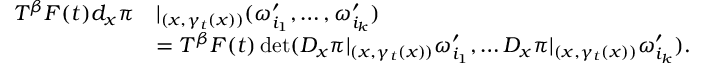
\begin{array} { r l } { T ^ { \beta } F ( t ) d _ { x } \pi } & { | _ { ( x , \gamma _ { t } ( x ) ) } ( \omega _ { i _ { 1 } } ^ { \prime } , \ldots , \omega _ { i _ { k } } ^ { \prime } ) } \\ & { = T ^ { \beta } F ( t ) \operatorname* { d e t } ( D _ { x } \pi | _ { ( x , \gamma _ { t } ( x ) ) } \omega _ { i _ { 1 } } ^ { \prime } , \ldots D _ { x } \pi | _ { ( x , \gamma _ { t } ( x ) ) } \omega _ { i _ { k } } ^ { \prime } ) . } \end{array}